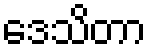
ဒေသိတာ